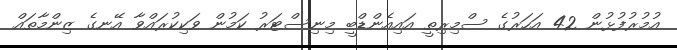
އުމުރުފުޅުން 42 އަހަރުގެ ސްމިރިތީ އައިއެންޑްބީ މިނިސްޓަރު ކަމުން ވަކިކުރައްވާ އޭނގެ ޒިންމާތައް